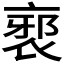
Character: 𲀯